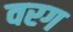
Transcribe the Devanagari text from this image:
वरग